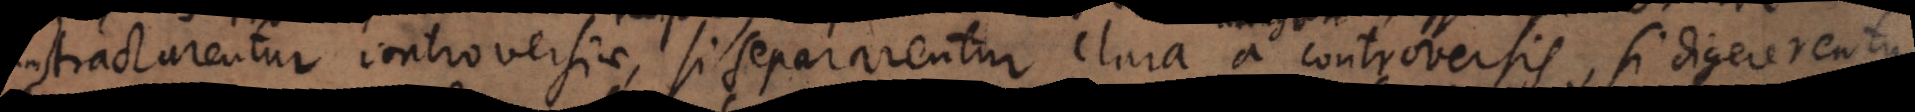
tractarentur controversiae, si separarentur clara a controversis, si digererentur